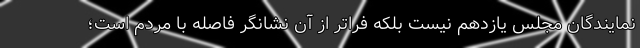
نمایندگان مجلس یازدهم نیست بلکه فراتر از آن نشانگر فاصله با مردم است؛